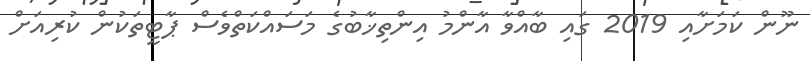
ނޫން ކަމަށާއި 2019 ގައި ބާއްވާ އާންމު އިންތިޚާބުގެ މަސައްކަތްވެސް ޕާޓީތަކުން ކުރިއަށް